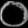
Digit: ၀